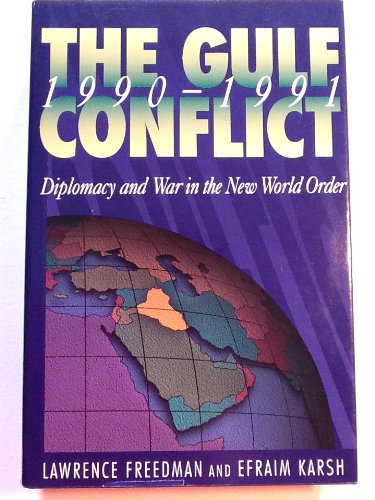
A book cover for The Gulf Conflict, 1990-1991: Diplomacy and War in the New World Order; Lawrence Freedman; History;